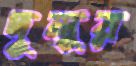
দুলুর